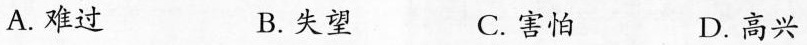
A.难过 B.失望 C.害怕 D.高兴